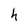
Character: h